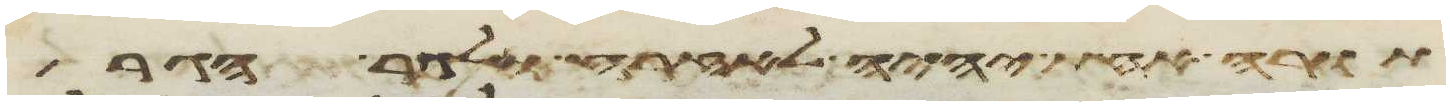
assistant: תורה אחת יהיה לאזרח ולגר הגר